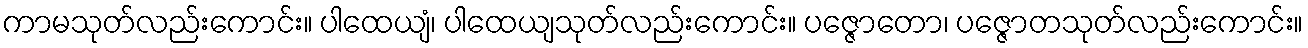
ကာမသုတ်လည်းကောင်း။ ပါထေယျံ၊ ပါထေယျသုတ်လည်းကောင်း။ ပဇ္ဇောတော၊ ပဇ္ဇောတသုတ်လည်းကောင်း။